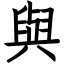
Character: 與